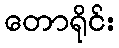
တောရိုင်း